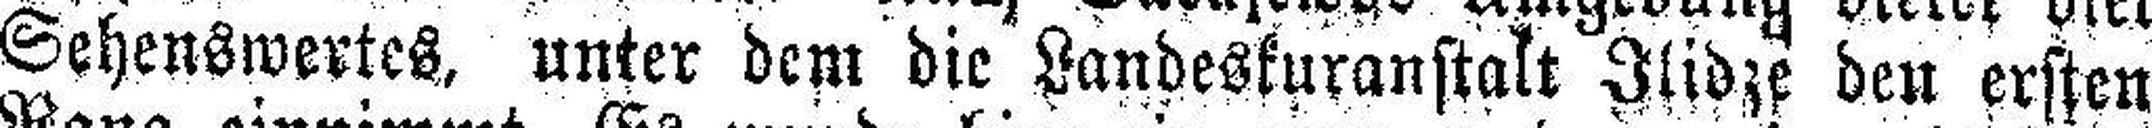
Sehenswertes, unter dem die Landeskuranstalt Ilidze den ersten